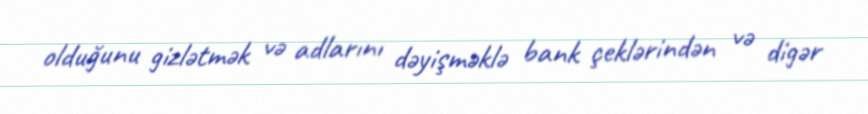
olduğunu gizlətmək və adlarını dəyişməklə bank çeklərindən və digər